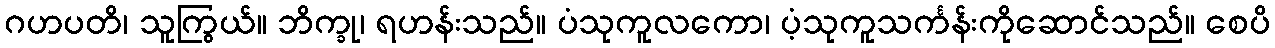
ဂဟပတိ၊ သူကြွယ်။ ဘိက္ခု၊ ရဟန်းသည်။ ပံသုကူလကော၊ ပံ့သုကူသင်္ကန်းကိုဆောင်သည်။ စေပိ